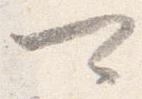
可